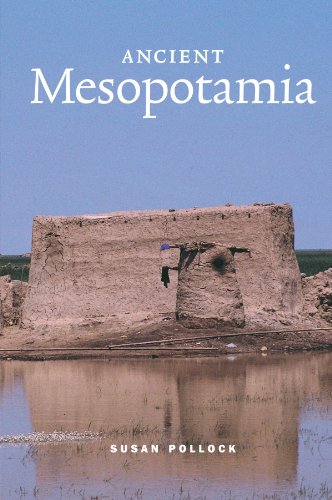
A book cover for Ancient Mesopotamia (Case Studies in Early Societies); Susan Pollock; History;